Report of the King Institute of Preventive Medicine, Guindy
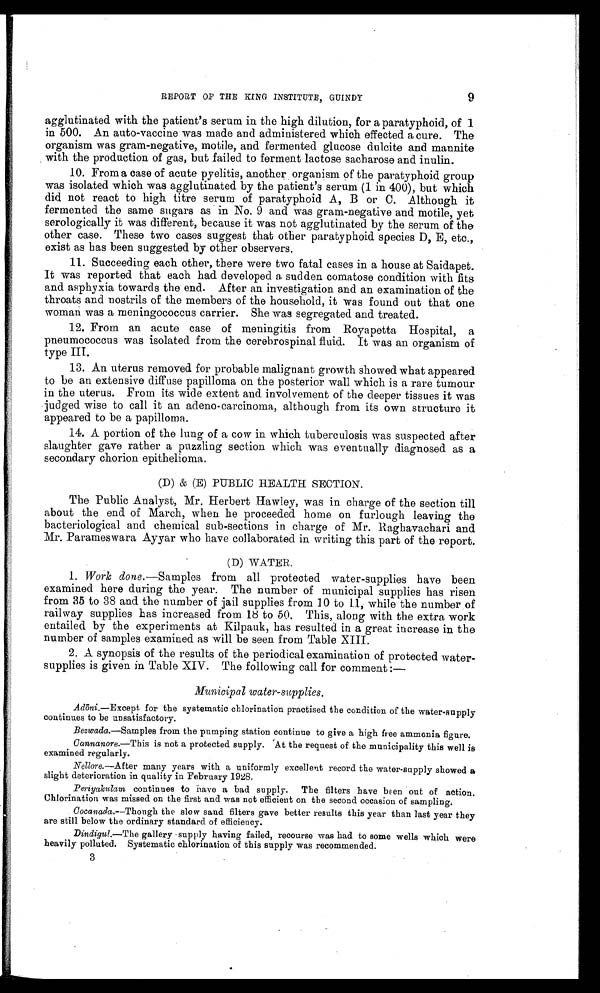
fi
REPORT OF THE KING INSTITUTE, GUINDY
9
agglutinated with the patient's serum in the high dilution, for a paratyphoid, of 1
in 500. An auto-vaccine was made and administered which effected a cure. The
organism was gram-negative, motile, and fermented glucose dulcite and mannite
with the production of gas, but failed to ferment lactose sacharose and inulin.
10. From a case of acute pyelitis, another organism of the paratyphoid group
was isolated which was agglutinated by the patient's serum (1 in 400), but which
did not react to high titre serum of paratyphoid A, B or C. Although it
fermented the same sugars as in No. 9 and was gram-negative and motile, yet
serologically it was different, because it was not agglutinated by the serum of the
other case. These two cases suggest that other paratyphoid. species D, E, etc.,
exist as has been suggested by other observers.
11. Succeeding each other, there were two fatal cases in a house at Saidapet.
It was reported that each had developed a. sudden comatose condition with fits
and asphyxia towards the end. After an investigation and an examination of the
throats and nostrils of the members of the household, it was found out that one
woman was a meningococcus carrier. She was segregated and treated.
12. From an acute case of meningitis from Hoyapetta Hospital, a
pneumococcus was isolated from the cerebrospinal fluid. It was an organism of
type III.
13. An uterus removed for probable malignant growth showed. what appeared
to be an extensive diffuse papilloma on the posterior wall which is a rare tumour
in the uterus. From its wide extent and involvement of the deeper tissues it was
judged wise to call it an adeno-carcinoma, although from its own structure it
appeared to be a papilloma.
14. A portion of the lung limo. of a cow in which tuberculosis was suspected after
slaughter gave rather a puzzling section which was eventually diagnosed as a
secondary chorion epithelioma.
(D) & (E) PUBLIC HEALTH SECTION.
The Public Analyst, Mr. Herbert Hawley, was in charge of the section till
about the end of March, when he proceeded home on furlough leaving the
bacteriological and chemical sub-sections in charge of Mr. llaghavachari and
Mr. Parameswara Ayyar who have collaborated in writing this part of the report.
(D) WATER.
1. Work done.—Samples from all protected water-supplies have been
examined here during the year. The number of municipal supplies has risen
from 35 to 38 and the number of -jail supplies from 10 to 1_1, while the number of
railway supplies has increased from 18 to 50. This, along with the extra work
entailed by the experiments at Kilpauk, has resulted in a great increase in the
number of samples examined as will be seen from Table XIII.
2. A synopsis of the results of the periodical examination of protected water-
supplies is given in Table XIV. The following call for comment :—
Municipal water-supplies.
Ad6ni.—Except for the systematic chlorination practised the condition of the water-supply
continues to be unsatisfactory.
Bezwada.—Samples from the pumping station continue to give a high free ammonia figure.
Cannanore.—This is not a protected supply. 'At the request of the municipality this well is
examined regularly.
Nellore.--After many years with a uniformly excellent record the water-supply showed a
slight deterioration in quality in February 1928.
Periyakulam continues to nave a bad supply. The filters have been out of action.
Chlorination was missed on the first and was not efficient on the second occasion of sampling.
Cocanada.--Though the slow sand filters gave better results this year than last year they
are still below the ordinary standard of efficiency.
Dindigul.—The gallery supply having failed, recourse was had to some wells which were
heavily polluted. Systematic chlorination of this supply was recommended.
3